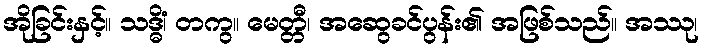
အိုခြင်းနှင့်။ သဒ္ဓိံ၊ တကွ။ မေတ္တီ၊ အဆွေခင်ပွန်း၏ အဖြစ်သည်။ အဿု၊